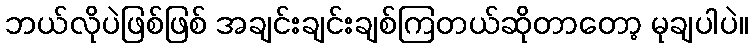
ဘယ်လိုပဲဖြစ်ဖြစ် အချင်းချင်းချစ်ကြတယ်ဆိုတာတော့ မုချပါပဲ။